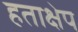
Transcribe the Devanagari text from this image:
हताक्षेप